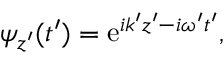
\begin{array} { r } { \psi _ { z ^ { \prime } } ( t ^ { \prime } ) = \mathrm { e } ^ { i k ^ { \prime } z ^ { \prime } - i \omega ^ { \prime } t ^ { \prime } } , } \end{array}